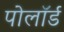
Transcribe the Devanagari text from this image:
पोलॉर्ड